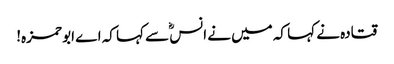
قتادہ نے کہا کہ میں نے انسؓ سے کہا کہ اے ابو حمزہ!